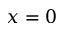
x = 0